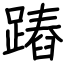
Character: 蹖